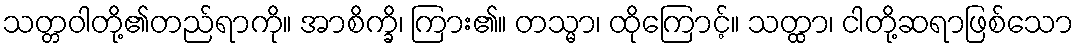
သတ္တဝါတို့၏တည်ရာကို။ အာစိက္ခိ၊ ကြား၏။ တသ္မာ၊ ထိုကြောင့်။ သတ္ထာ၊ ငါတို့ဆရာဖြစ်သော